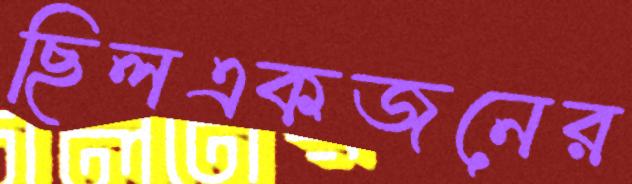
ছিলএকজনের